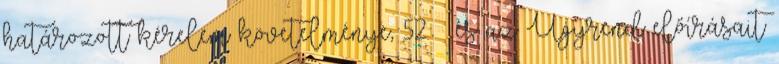
határozott kérelem követelménye, 52. § és az Ügyrend előírásait